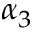
\alpha _ { 3 }